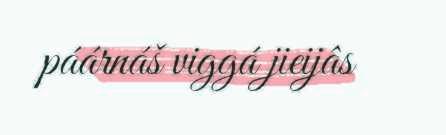
páárnáš viggá jieijâs